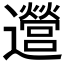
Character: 𫑔